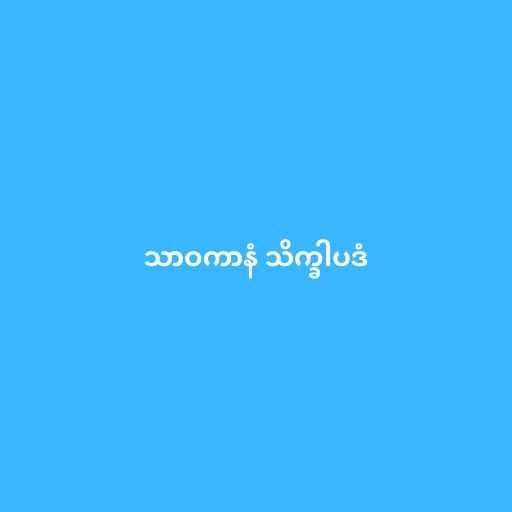
သာဝကာနံ သိက္ခါပဒံ